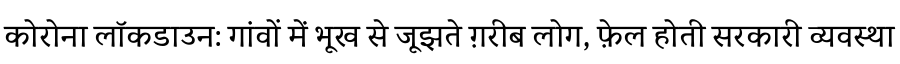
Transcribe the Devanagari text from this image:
कोरोना लॉकडाउन: गांवों में भूख से जूझते ग़रीब लोग, फ़ेल होती सरकारी व्यवस्था